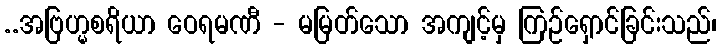
..အဗြဟ္မစရိယာ ဝေရမဏီ - မမြတ်သော အကျင့်မှ ကြဉ်ရှောင်ခြင်းသည်၊